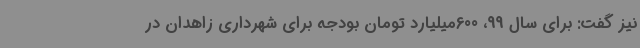
نیز گفت: برای سال 99، 600میلیارد تومان بودجه برای شهرداری زاهدان در